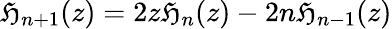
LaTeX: \mathfrak{H}_{n+1}(z)=2z\mathfrak{H}_{n}(z)-2n\mathfrak{H}_{n-1}(z)